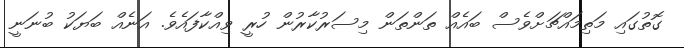
ގޮތުގައި މަތިމައްޗަށްވެސް ބައެއް ތަންތަން މިސަރުކާރުން ހުރީ ވިއްކާފައެވެ. އަނެއް ބަޔަކު ބުނަނީ